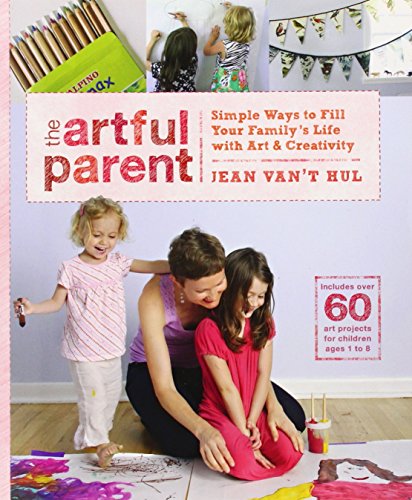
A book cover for The Artful Parent: Simple Ways to Fill Your Family's Life with Art and Creativity--Includes over 60 Art Projects for Children Ages 1 to 8; Jean Van't Hul; Crafts, Hobbies & Home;